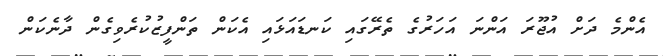
އެންމެ ދަށް އުޖޫރަ އަންނަ އަހަރުގެ ތެރޭގައި ކަނޑައަޅައި އެކަން ތަންފީޒުކުރެވިގެން ދާނެކަން